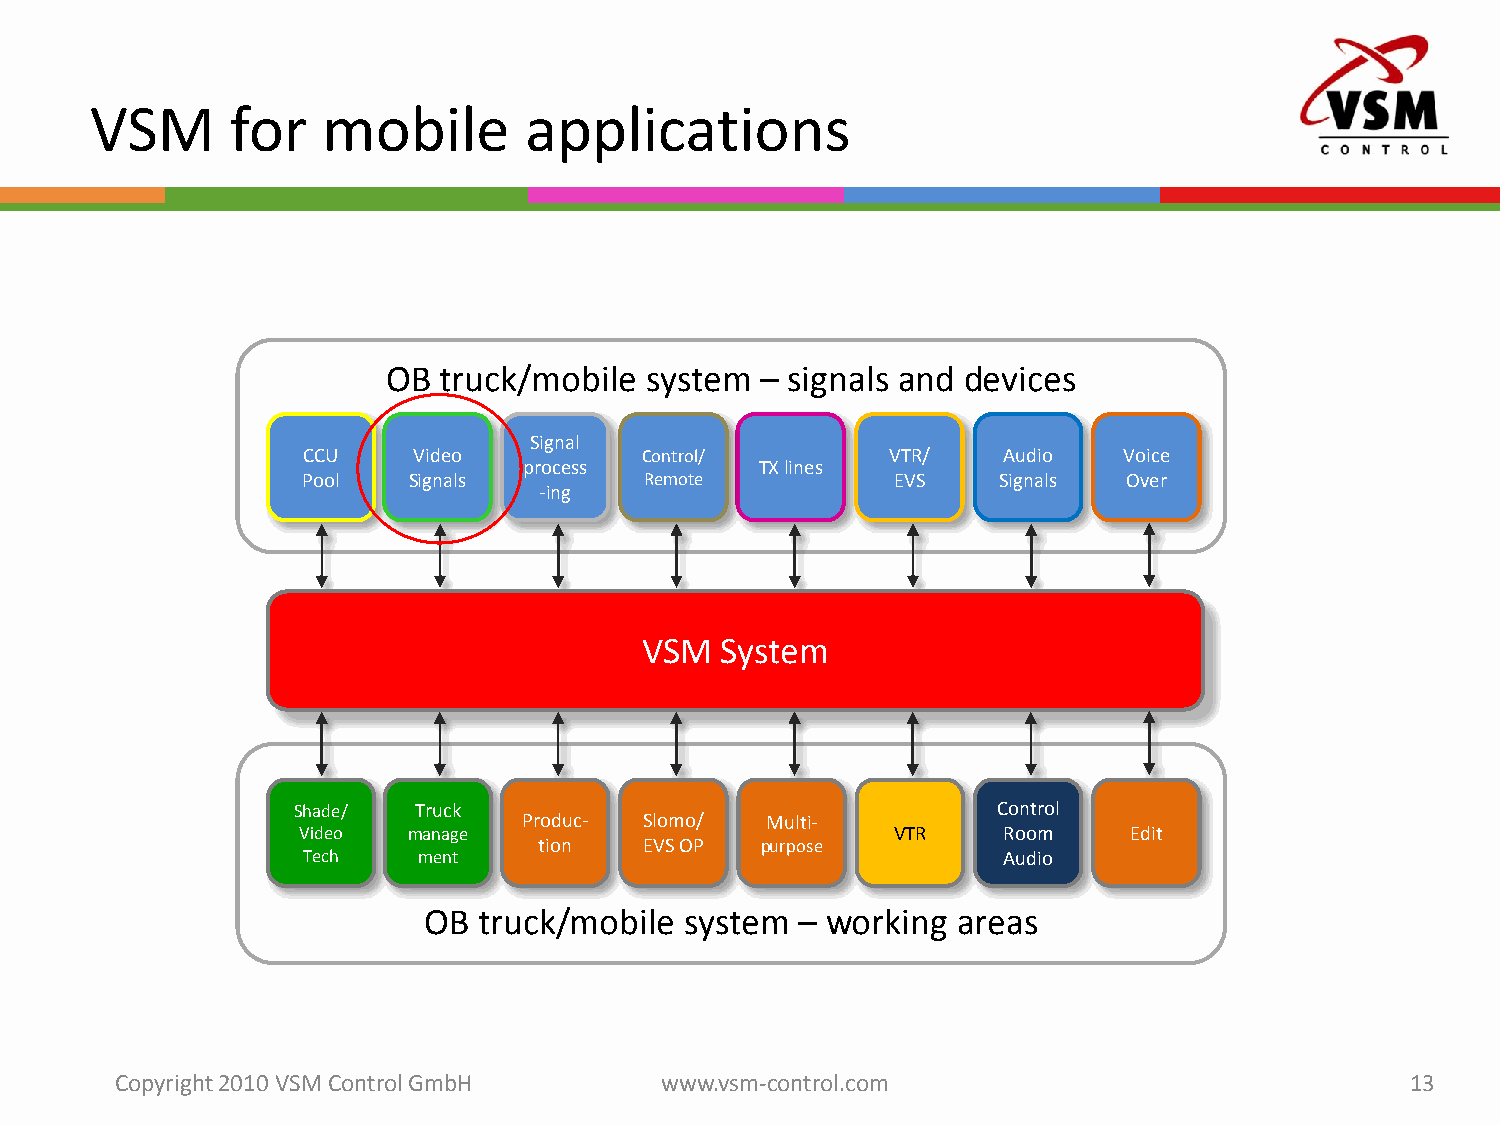
VSM      for   mobile        applications
 OB truck/mobile  system – signals and devices
 Signal
 CCU    Video          Control/         VTR/   Audio   Voice
 process        TX lines
 Pool   Signals         Remote          EVS    Signals  Over
 -ing
 VSM   System
 Shade/  Truck                                  Control
 Produc- Slomo/  Multi-
 Video  manage                          VTR    Room     Edit
 tion   EVS OP purpose
 Tech    ment                                  Audio
 OB  truck/mobile system  – working areas
 Copyright 2010 VSM ControlGmbH      www.vsm-control.com                              13